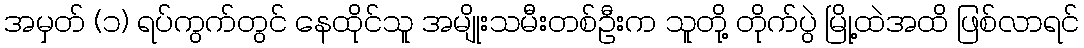
အမှတ် (၁) ရပ်ကွက်တွင် နေထိုင်သူ အမျိုးသမီးတစ်ဦးက သူတို့ တိုက်ပွဲ မြို့ထဲအထိ ဖြစ်လာရင်